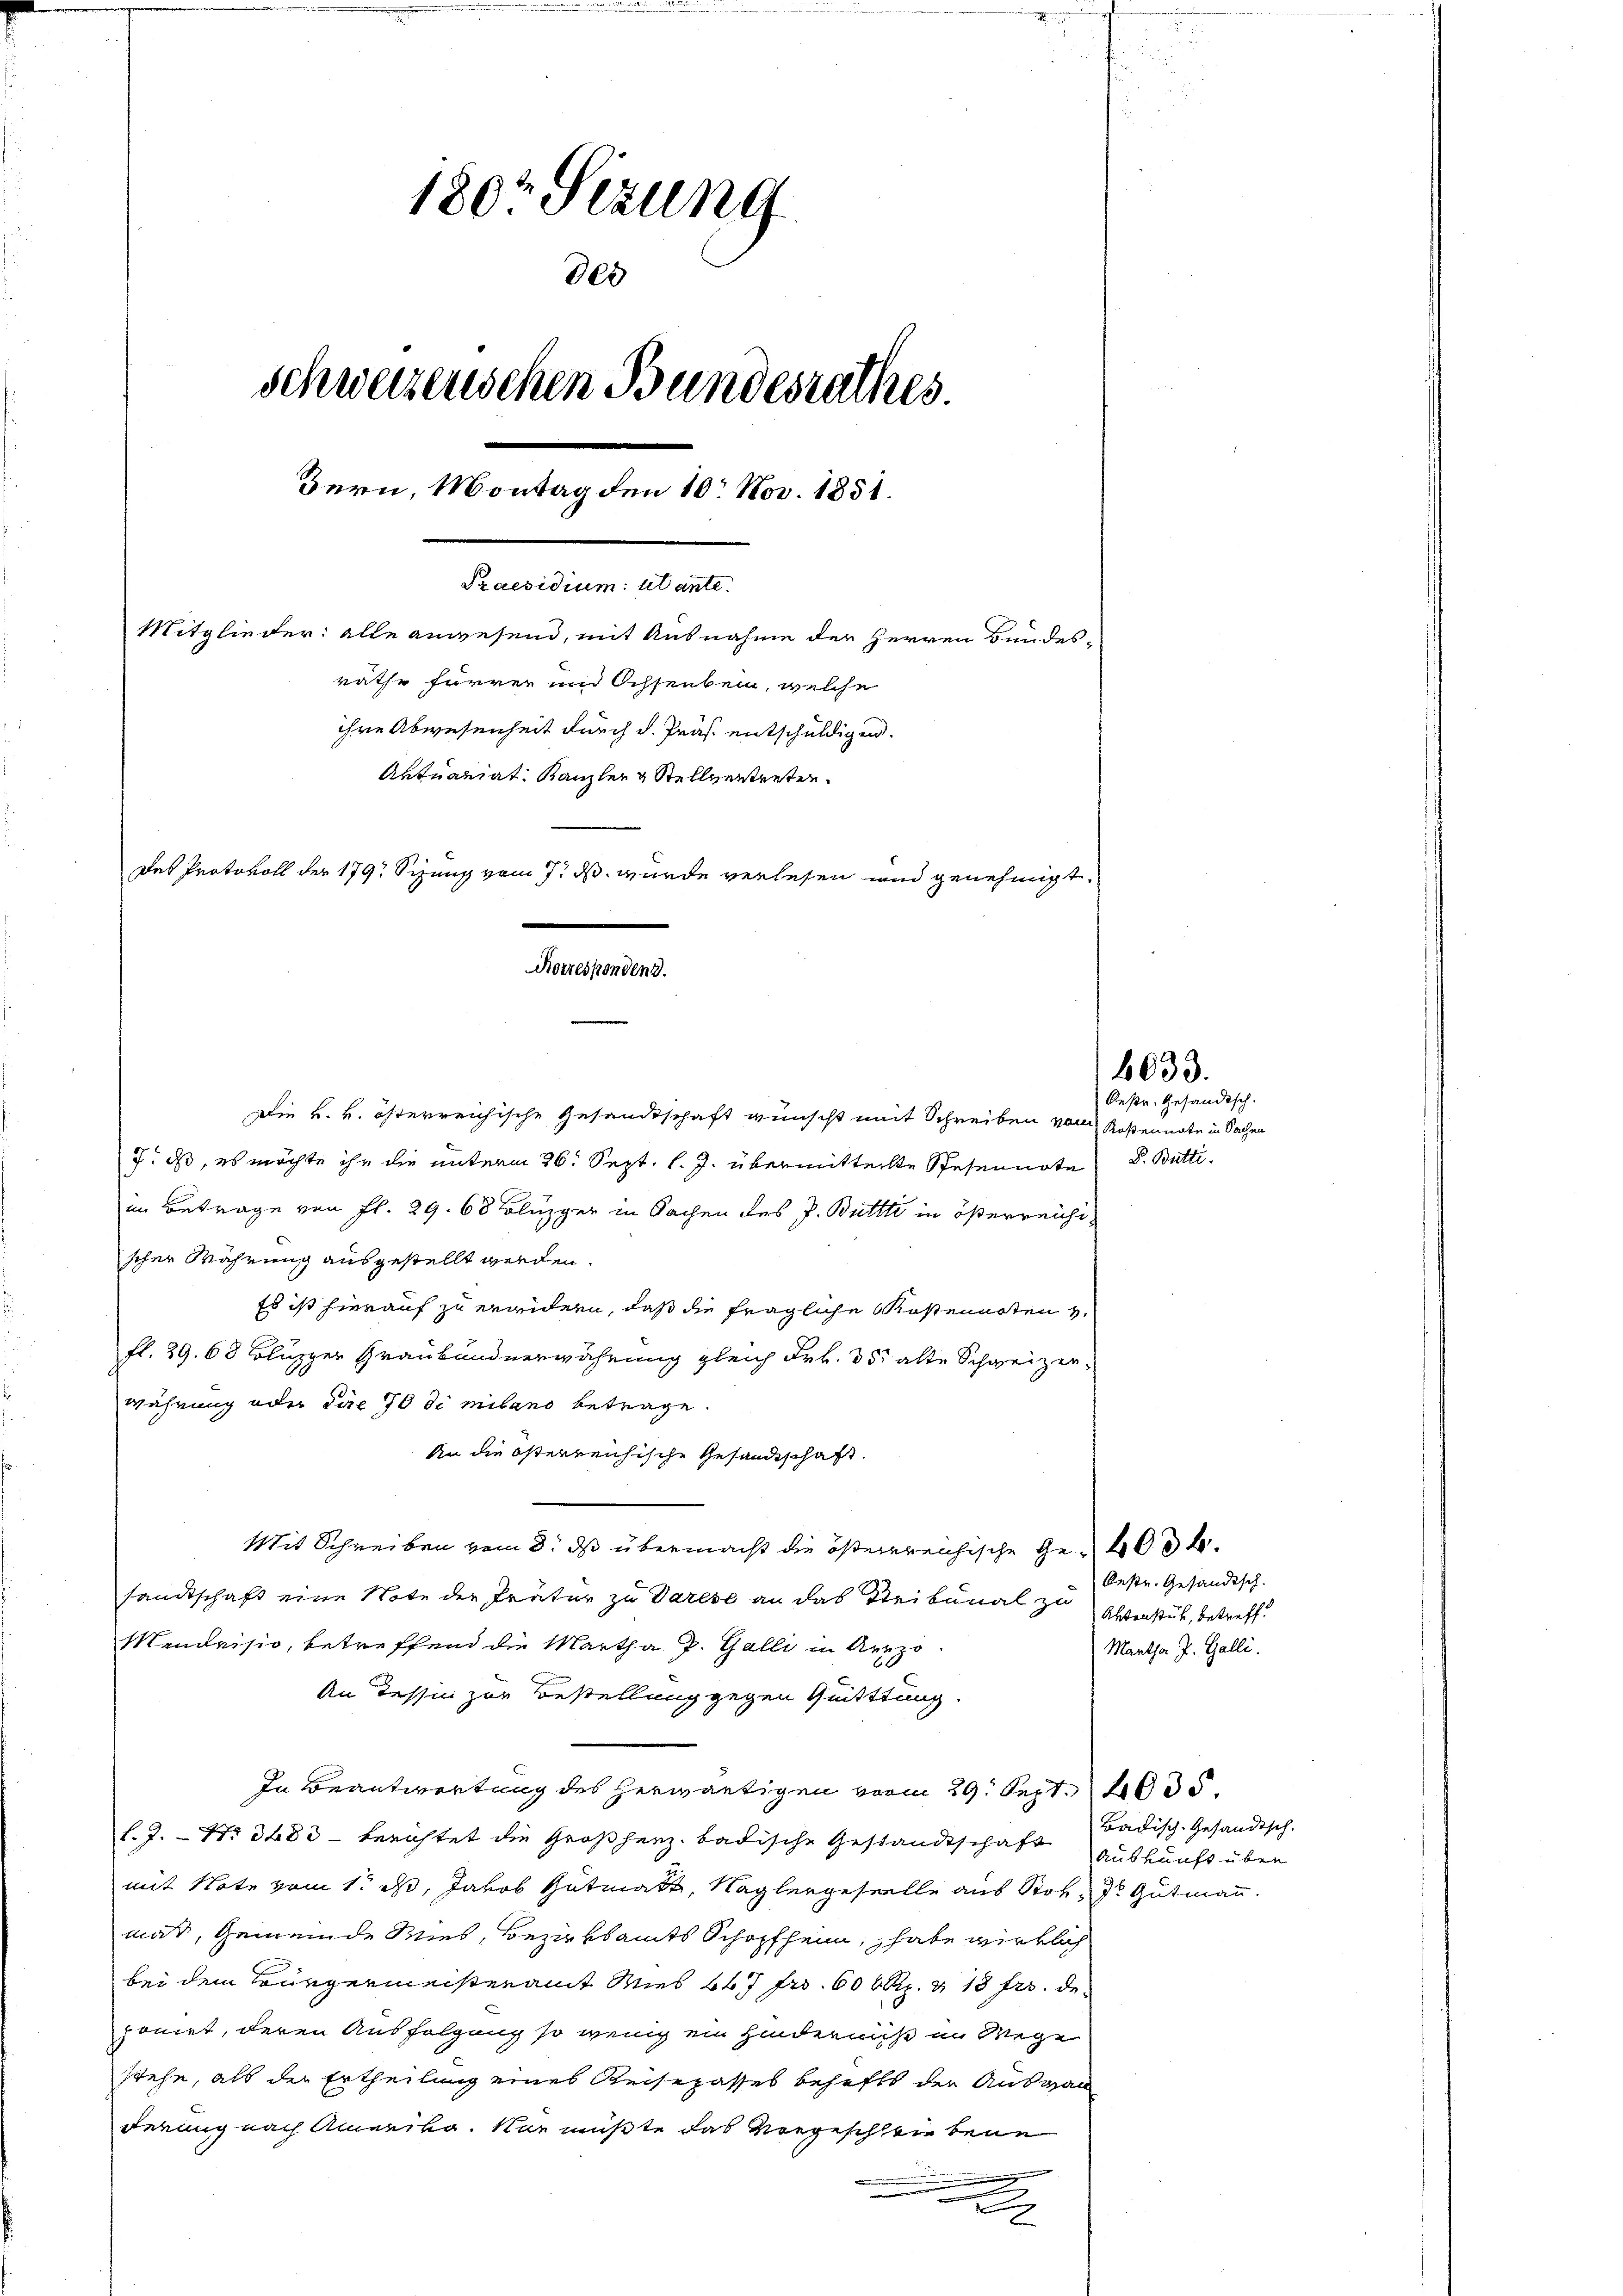
180 Sizung
der
schweizerischen Bundesrathes.
Bern, Montag den 10. Nov. 1851.
Praesidium utante.
Mitglieder: alle anwesend, mit Ausnahme der Herren Bundesräthe Furrer und Ochsenbein, welche
ihre Abwesenheit durch d. Präs. entschuldigen.
Aktuariat Kanzler & Stellvertreten.
Das Protokoll der 179 Sizung vom 7. ds. wurde verlesen und genehmigt,
Korrespondend.

Die k. k. österreichische Gesandtschaft wünscht mit Schreiben vom Rosennote in Sachen
7. ds, es möchte ihr die unterm 26. Sept. l. J. übermittelte Spesennote
im Betrage von fl. 29. 68 Cluzger in Sachen des P. Büttti in österreichischer Währung ausgestellt werden.
Es ist hierauf zu erwidern, daß die fragliche Kostenasten v.
fl. 29. 68 Bluszer Graubündnerwährung gleich Frk. 35 alte Schweizer
währung oder die 70 dimibano betrage.
An die österreichische Gesandtschaft.
Mit Schreiben vom 8. ds übermacht die österreichische Ge- 400 f.
sandtschaft eine Note der Tratur zu Varese an das Stribunal zu
Mendrisio, betreffend die Martha P. Galli in Aerzo¬
An Tessin zur Bestellung gegen Quitttung.
In Beantwortung des herwärtigen vom 29. Sept. 4600.
f. J. - No 3483 - berichtet die Großherz. badische Gestandtschaft auskunft über
mit Note vom 1. ds., Jakob Gutmatt, Naglergeseelle aus Stoh. J. Gutmann.
mat, Gemeinde Wies, Bezirksamts Schopfheim, habe wirklich
bei dem Bürgermeisteramt Wies 667 Fr. 600 Rp. & 18 frs. de
poniet, deren Ausfolgung so wenig ein Hinderniß in Wege
stehe, als die Ertheilung eines Reisepasses behafft der Ausgab
derung nach Amerika. Nur müßte das vorgeschlen bene
e

2

4633.

Oestr. Gesandtsch.
S. Butti.

Oestr. Gesandtsch.
Aktenstück, betreff.
Martha J. Galli.

Badisch-Gesandtsch